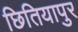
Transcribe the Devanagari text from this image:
छितियापुर